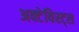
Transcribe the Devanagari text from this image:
अक्टेविस्ट्स